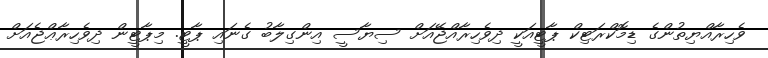
ވެހިރާއްޔިތުންގެ ޑިމޮކްރަޓިކް ޕާޓީއަކީ ދިވެހިރާއްޖޭއަށް ސިޔާސީ އިންގިލާބު ގެނައި ޕާޓީ. މިޕާޓީން ދިވެހިރާޢްޖެއަށް